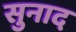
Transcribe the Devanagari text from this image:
सुनाद